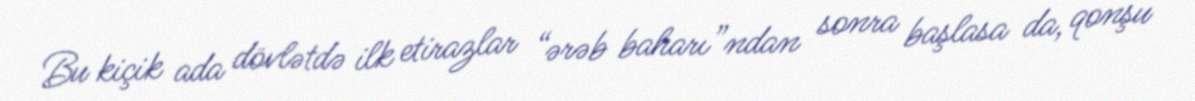
Bu kiçik ada dövlətdə ilk etirazlar “ərəb baharı”ndan sonra başlasa da, qonşu